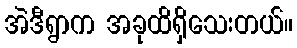
အဲဒီရွာက အခုထိရှိသေးတယ်။